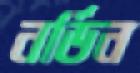
নর্ডিন